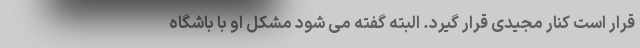
قرار است کنار مجیدی قرار گیرد. البته گفته می شود مشکل او با باشگاه